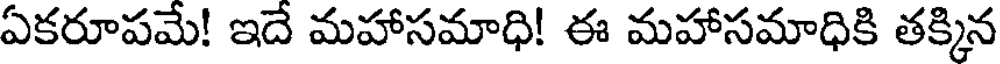
ఏకరూపమే! ఇదే మహాసమాధి! ఈ మహాసమాధికి తక్కిన